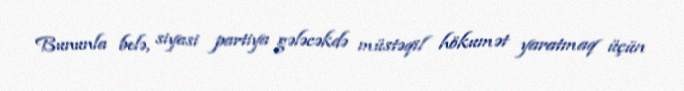
Bununla belə, siyasi partiya gələcəkdə müstəqil hökumət yaratmaq üçün